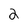
Character: 2